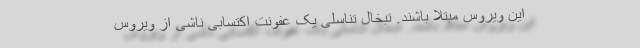
این ویروس مبتلا باشند. تبخال تناسلی یک عفونت اکتسابی ناشی از ویروس